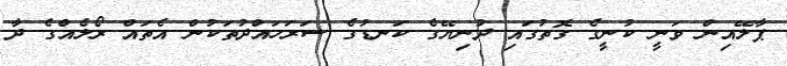
ޕާލޭއިން ވަނީ ކުނީގެ ގޮތުގައި ދުނިޔޭގެ ކަނޑުގެ ސަރަހައްދުތަކުން އެތައް ރޯލެއްގެ ދާ